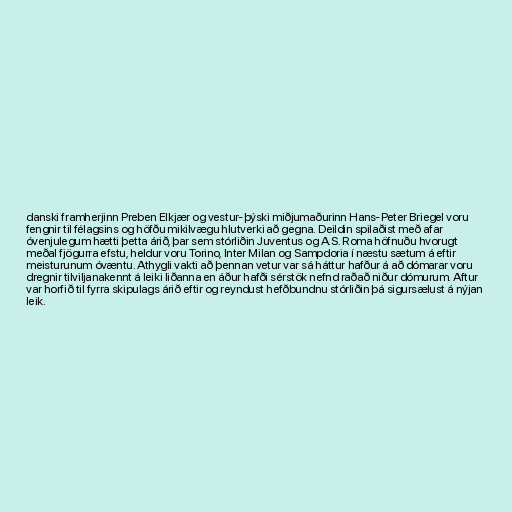
danski framherjinn Preben Elkjær og vestur-þýski miðjumaðurinn Hans-Peter Briegel voru
fengnir til félagsins og höfðu mikilvægu hlutverki að gegna. Deildin spilaðist með afar
óvenjulegum hætti þetta árið, þar sem stórliðin Juventus og A.S. Roma höfnuðu hvorugt
meðal fjögurra efstu, heldur voru Torino, Inter Milan og Sampdoria í næstu sætum á eftir
meisturunum óvæntu. Athygli vakti að þennan vetur var sá háttur hafður á að dómarar voru
dregnir tilviljanakennt á leiki liðanna en áður hafði sérstök nefnd raðað niður dómurum. Aftur
var horfið til fyrra skipulags árið eftir og reyndust hefðbundnu stórliðin þá sigursælust á nýjan
leik.